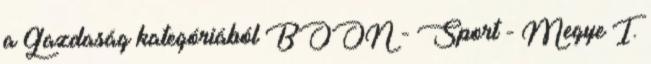
a Gazdaság kategóriából BOON - Sport - Megye I.